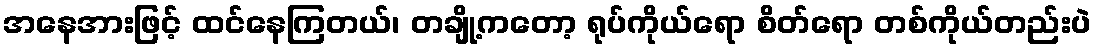
အနေအားဖြင့် ထင်နေကြတယ်၊ တချို့ကတော့ ရုပ်ကိုယ်ရော စိတ်ရော တစ်ကိုယ်တည်းပဲ